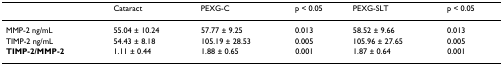
<table><thead><tr><td></td><td><b>Cataract</b></td><td><b>PEXG-C</b></td><td><b>p &lt; 0.05</b></td><td><b>PEXG-SLT</b></td><td><b>p &lt; 0.05</b></td></tr></thead><tbody><tr><td>MMP-2 ng/mL</td><td>55.04 ± 10.24</td><td>57.77 ± 9.25</td><td>0.013</td><td>58.52 ± 9.66</td><td>0.013</td></tr><tr><td>TIMP-2 ng/mL</td><td>54.43 ± 8.18</td><td>105.19 ± 28.53</td><td>0.005</td><td>105.96 ± 27.65</td><td>0.005</td></tr><tr><td><b>TIMP-2/MMP-2</b></td><td>1.11 ± 0.44</td><td>1.88 ± 0.65</td><td>0.001</td><td>1.87 ± 0.64</td><td>0.001</td></tr></tbody></table>